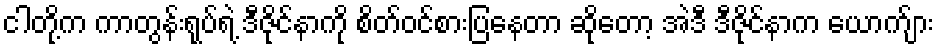
ငါတို့က ကာတွန်းရုပ်ရဲ့ ဒီဇိုင်နာကို စိတ်ဝင်စားပြနေတာ ဆိုတော့ အဲဒီ ဒီဇိုင်နာက ယောက်ျား